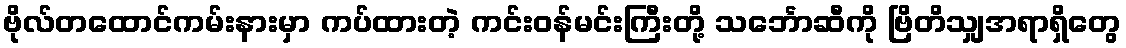
ဗိုလ်တထောင်ကမ်းနားမှာ ကပ်ထားတဲ့ ကင်းဝန်မင်းကြီးတို့ သင်္ဘောဆီကို ဗြိတိသျှအရာရှိတွေ